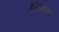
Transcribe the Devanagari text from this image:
हेन्रिक्सकडे